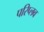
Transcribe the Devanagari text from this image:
परिप्लव